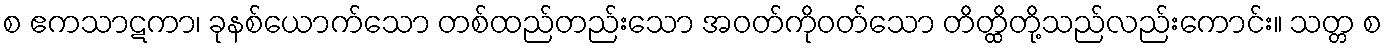
စ ဧကသာဋကာ၊ ခုနစ်ယောက်သော တစ်ထည်တည်းသော အဝတ်ကိုဝတ်သော တိတ္ထိတို့သည်လည်းကောင်း။ သတ္တ စ